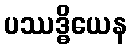
ပဿဒ္ဓိယေန